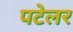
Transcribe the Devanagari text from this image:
पटेलर